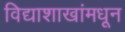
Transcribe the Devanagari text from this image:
विद्याशाखांमधून